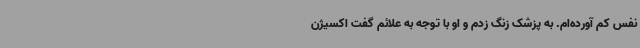
نفس کم آورده‌ام. به پزشک زنگ زدم و او با توجه به علائم گفت اکسیژن